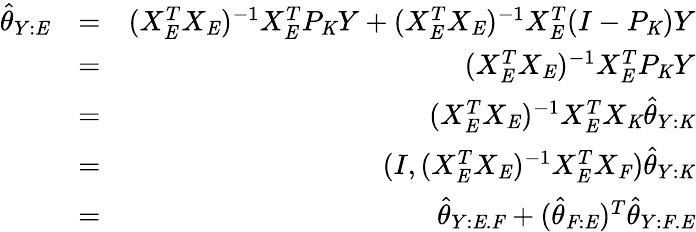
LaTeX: \begin{array}{rlr}{\hat{\theta}_{Y:\mathit{E}}}&{=}&{(X_{\mathit{E}}^{T}X_{\mathit{E}})^{-1}X_{\mathit{E}}^{T}P_{\mathit{K}}Y+(X_{\mathit{E}}^{T}X_{\mathit{E}})^{-1}X_{\mathit{E}}^{T}(I-P_{\mathit{K}})Y}\\ &{=}&{(X_{\mathit{E}}^{T}X_{\mathit{E}})^{-1}X_{\mathit{E}}^{T}P_{\mathit{K}}Y}\\ &{=}&{(X_{\mathit{E}}^{T}X_{\mathit{E}})^{-1}X_{\mathit{E}}^{T}X_{\mathit{K}}\hat{\theta}_{Y:\mathit{K}}}\\ &{=}&{(I,(X_{\mathit{E}}^{T}X_{\mathit{E}})^{-1}X_{\mathit{E}}^{T}X_{\mathit{F}})\hat{\theta}_{Y:\mathit{K}}}\\ &{=}&{\hat{\theta}_{Y:\mathit{E}.\mathit{F}}+(\hat{\theta}_{\mathit{F}:\mathit{E}})^{T}\hat{\theta}_{Y:\mathit{F}.\mathit{E}}}\end{array}